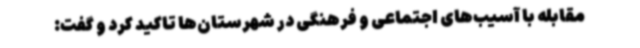
مقابله با آسیب‌های اجتماعی و فرهنگی در شهرستان‌ها تاکید کرد و گفت: